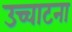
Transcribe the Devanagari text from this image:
उच्चाटना